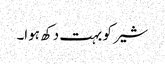
شیر کو بہت دکھ ہوا۔